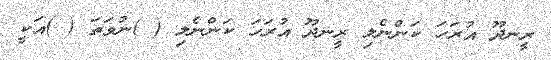
ރީނދޫ އުރަހަ ކަންނެލި ރީނދޫ އުރަހަ ކަންނެލި ( )ނުވަތަ ( )އަކީ